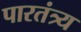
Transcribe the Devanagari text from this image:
पारतंत्र्य